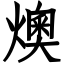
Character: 燠